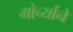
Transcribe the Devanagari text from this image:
मोर्च्याने